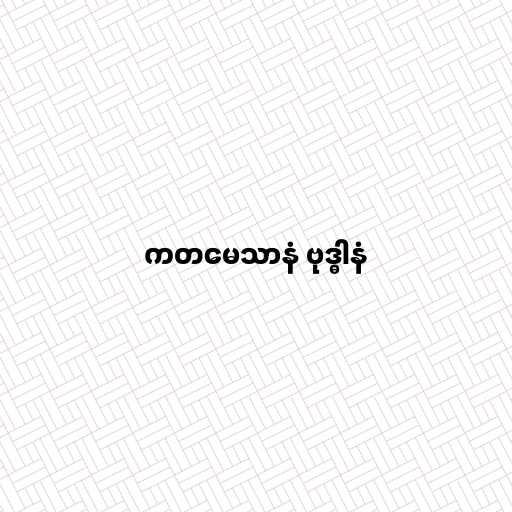
ကတမေသာနံ ဗုဒ္ဓါနံ